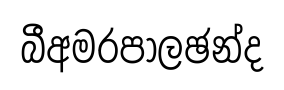
බීඅමරපාලඡන්ද